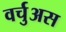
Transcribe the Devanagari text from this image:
वर्चुअस